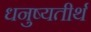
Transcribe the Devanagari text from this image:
धनुष्यतीर्थ